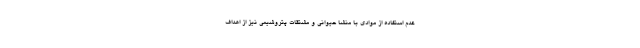
عدم استفاده از موادی با منشا حیوانی و مشتقات پتروشیمی نیز از اهداف